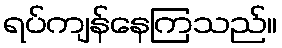
ရပ်ကျန်နေကြသည်။